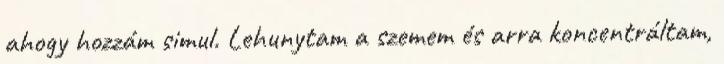
ahogy hozzám simul. Lehunytam a szemem és arra koncentráltam,